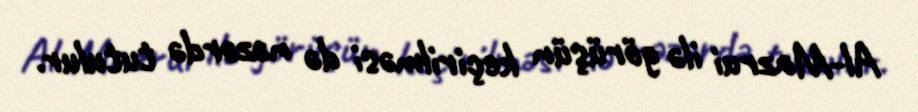
Al-Mazrui ilə görüşün keçirilməsi də nəzərdə tutulur.